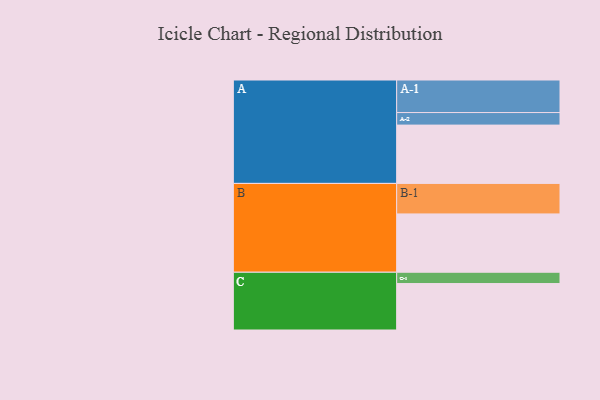
{"axis": {"x": "Segment", "y": "Value"}, "legend": ["", "A", "B", "C"], "data": [{"x": "A", "y": 516, "type": ""}, {"x": "B", "y": 516, "type": ""}, {"x": "C", "y": 411, "type": ""}, {"x": "A-1", "y": 288, "type": "A"}, {"x": "A-2", "y": 111, "type": "A"}, {"x": "B-1", "y": 270, "type": "B"}, {"x": "C-1", "y": 100, "type": "C"}]}